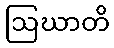
ဩဃာတိ